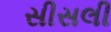
સીસલી